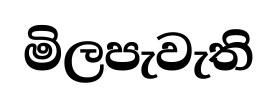
මිලපැවැති